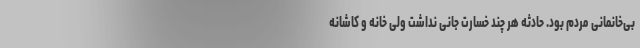
بی‌خانمانی مردم بود. حادثه هر چند خسارت جانی نداشت ولی خانه و کاشانه